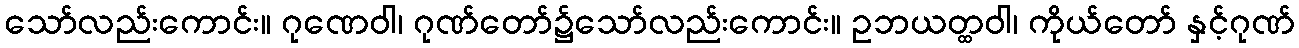
သော်လည်းကောင်း။ ဂုဏေဝါ၊ ဂုဏ်တော်၌သော်လည်းကောင်း။ ဥဘယတ္ထဝါ၊ ကိုယ်တော် နှင့်ဂုဏ်